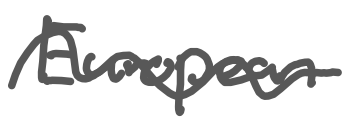
Text: European
Cross-out: mix
Writing tool: digital_gray